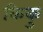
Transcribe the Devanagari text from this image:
किकु